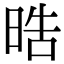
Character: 晧